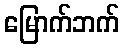
မြောက်ဘက်